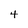
Character: 4